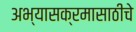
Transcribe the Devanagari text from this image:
अभ्यासक्रमासाठीचे